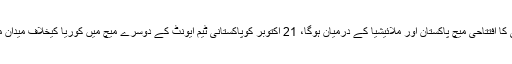
چیمپئنز ٹرافی کا افتتاحی میچ پاکستان اور ملائیشیا کے درمیان ہوگا، 21 اکتوبر کوپاکستانی ٹیم ایونٹ کے دوسرے میچ میں کوریا کیخلاف میدان میں اترے گی۔